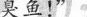
臭鱼！”